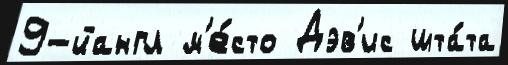
9-йангл м'е́сто Дэв'ис шта́та